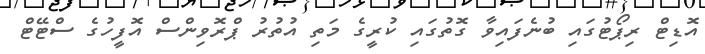
އޮޑިޓް ރިޕޯޓުގައި ބުނެފައިވާ ގޮތުގައި ކުރީގެ މަތި އުތުރު ޕްރޮވިންސް އޮފީހުގެ ސްޓޭޓް